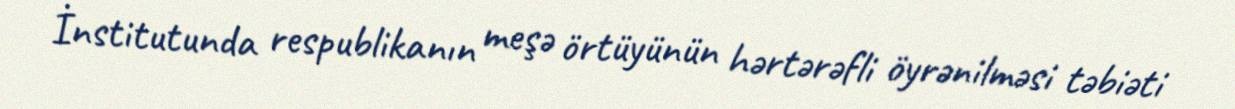
İnstitutunda respublikanın meşə örtüyünün hərtərəfli öyrənilməsi təbiəti